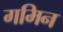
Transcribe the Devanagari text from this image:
गमिन